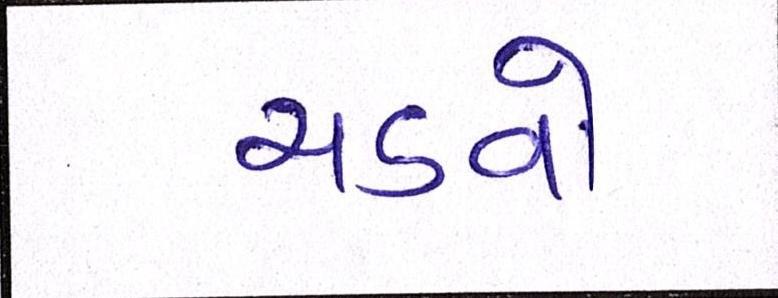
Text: ચડવો